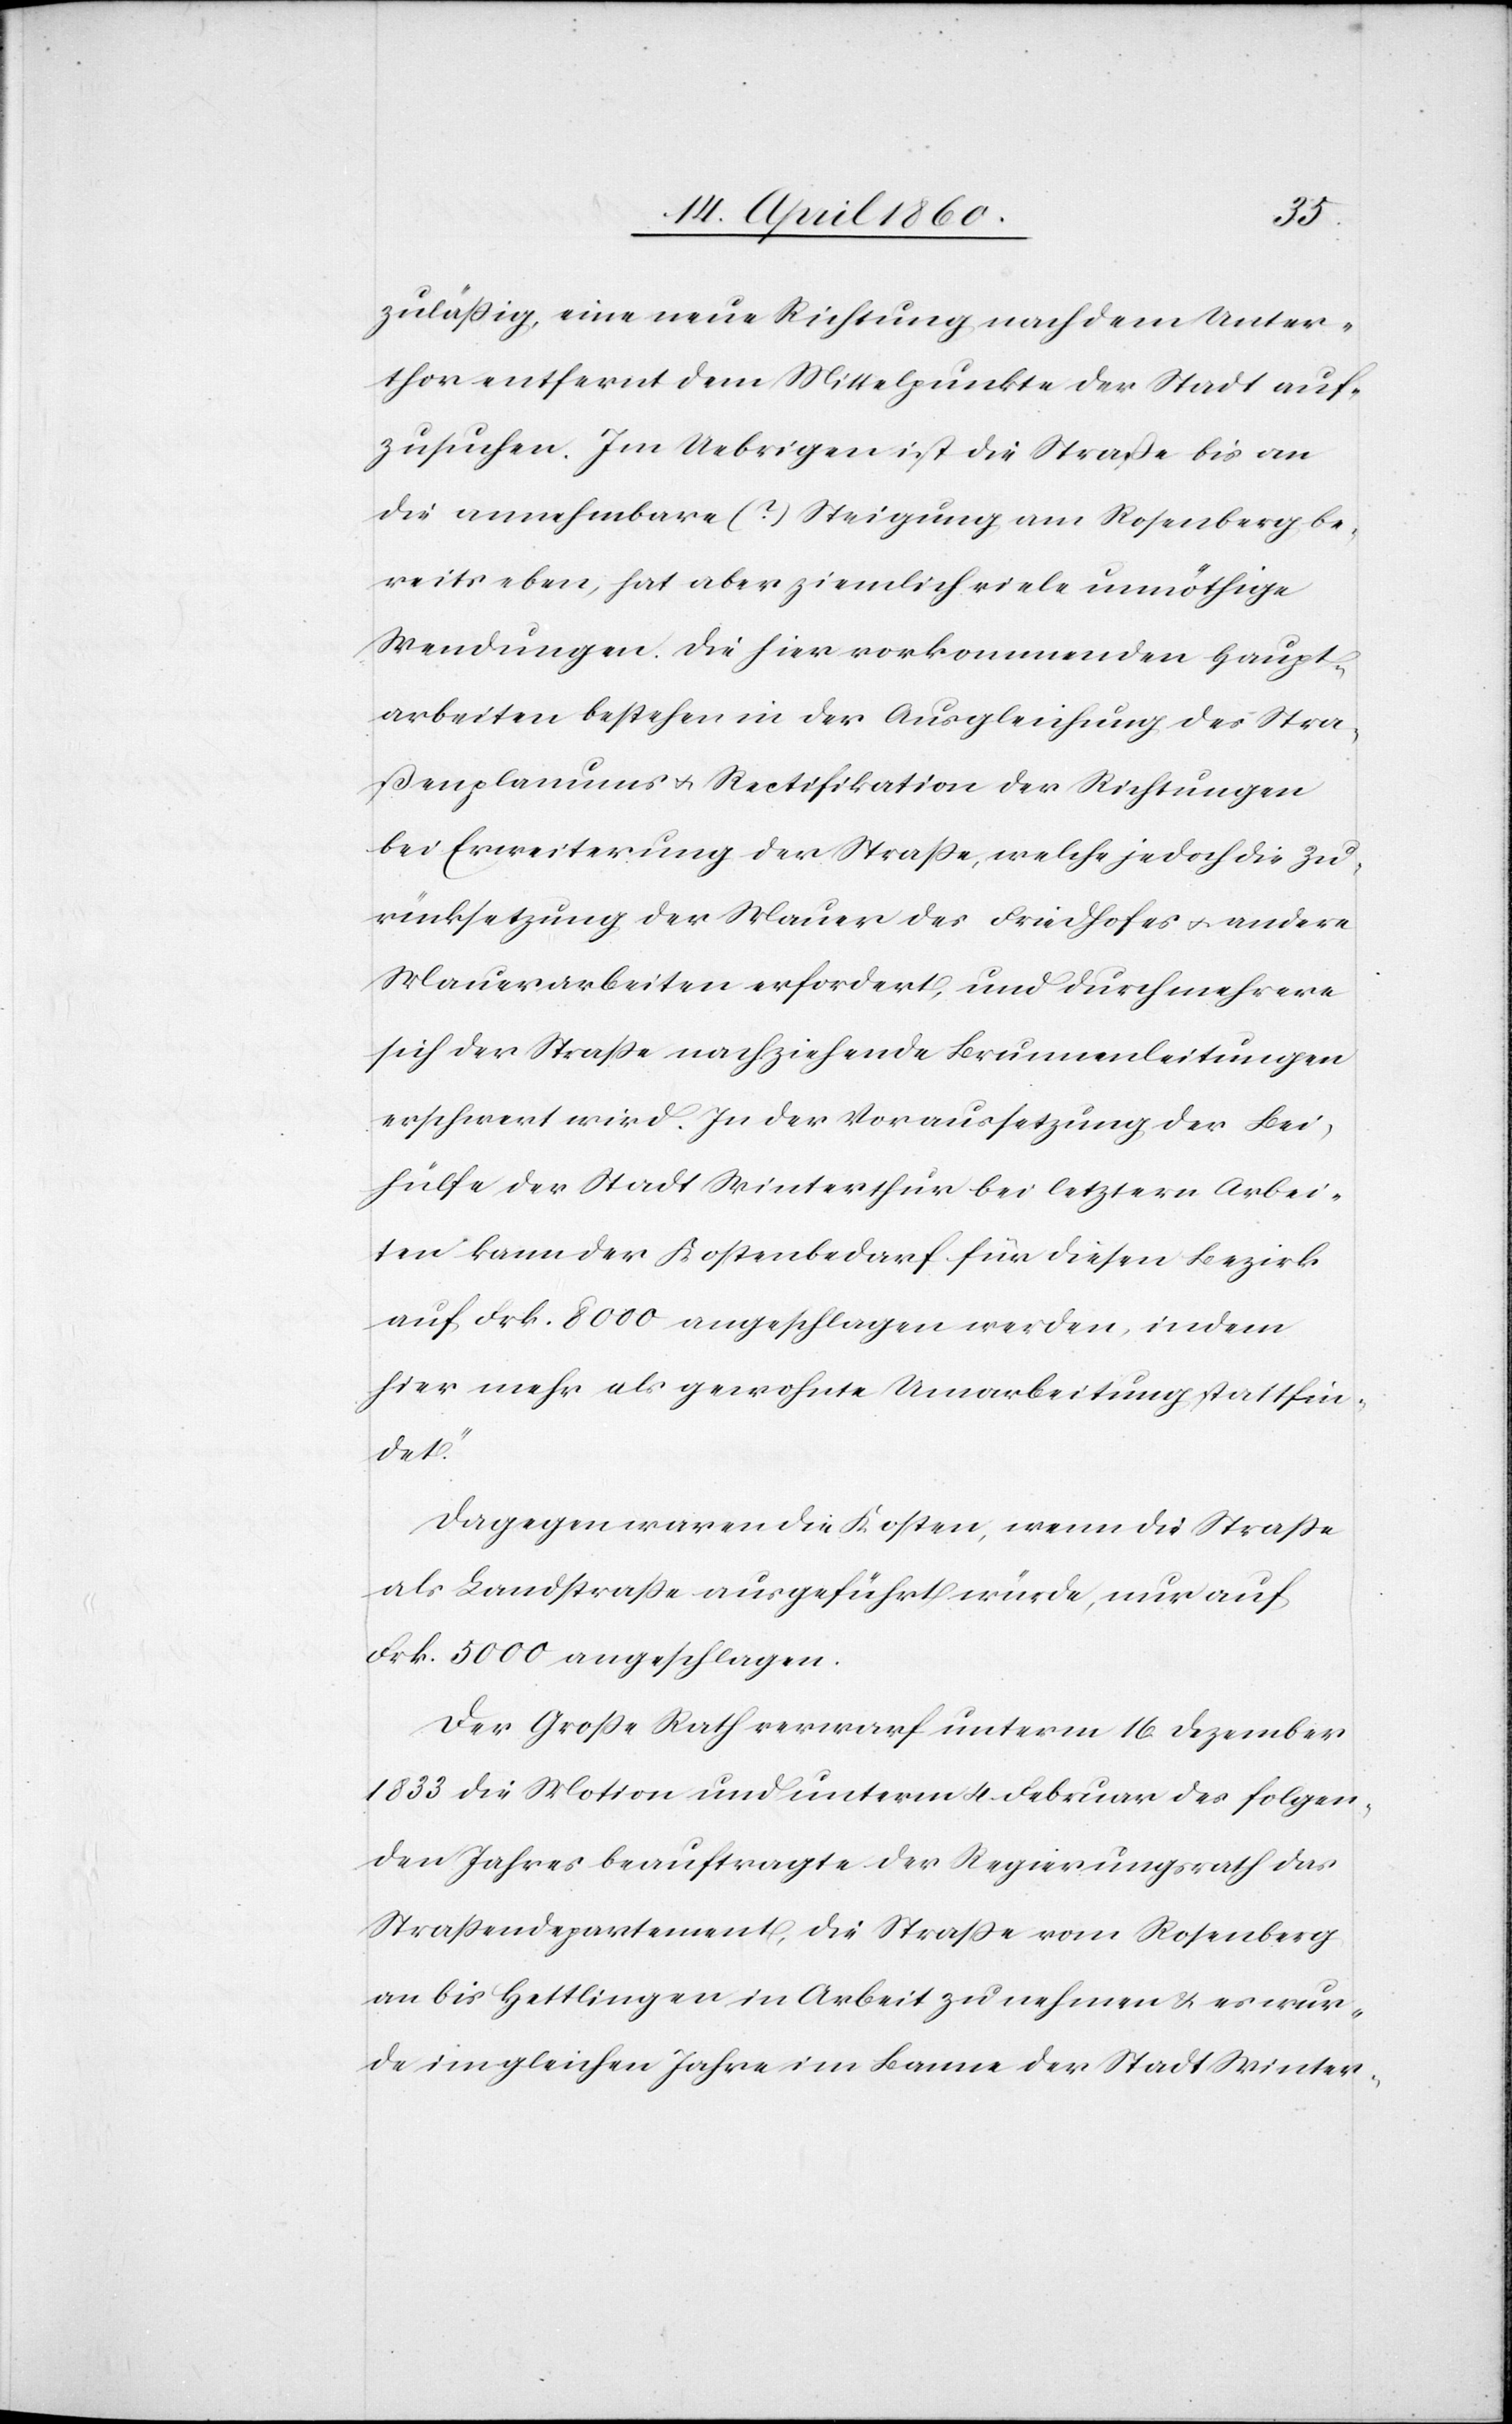
zulässig, eine neue Richtung nach dem Unter¬
thor entfernt dem Mittelpunkte der Stadt auf¬
zusuchen. Im Uebrigen ist die Straße bis an
die annehmbare (?) Steigung am Rosenberg be¬
reits eben, hat aber ziemlich viele unnötige
Wendungen. Die hier vorkommenden Haupt¬
arbeiten bestehen in der Ausgleichung des Stra¬
ßenplanums u. Rectifikation der Richtungen
bei Erweiterung der Strasse, welche jedoch die Zu¬
rücksetzung der Mauer des Friedhofes u. andere
Maurerarbeiten erfordert, und durch mehrere
sich der Strasse nachziehende Brunnenleitungen
erschwert wird. In der Voraussetzung der Bei¬
hülfe der Stadt Winterthur bei letztern Arbei¬
ten kann der Kostenbedarf für diesen Bezirk
auf Frk. 8000 angeschlagen werden, indem
hier mehr als gewohnte Umarbeitung statt fin¬
det.“
Dagegen waren die Kosten, wenn die Strasse
als Landstrasse ausgeführt würde, nur auf
Frk. 5000 angeschlagen.
Der Grosse Rath verwarf unterm 16. Dezember
1833 die Motion und unterm 4. Februar des folgen¬
den Jahres beauftragte der Regierungsrath das
Strassendepartement, die Strasse von Rosenberg
an bis Hettlingen in Arbeit zu nehmen u. es wur¬
de im gleichen Jahre im Banne der Stadt Winter-